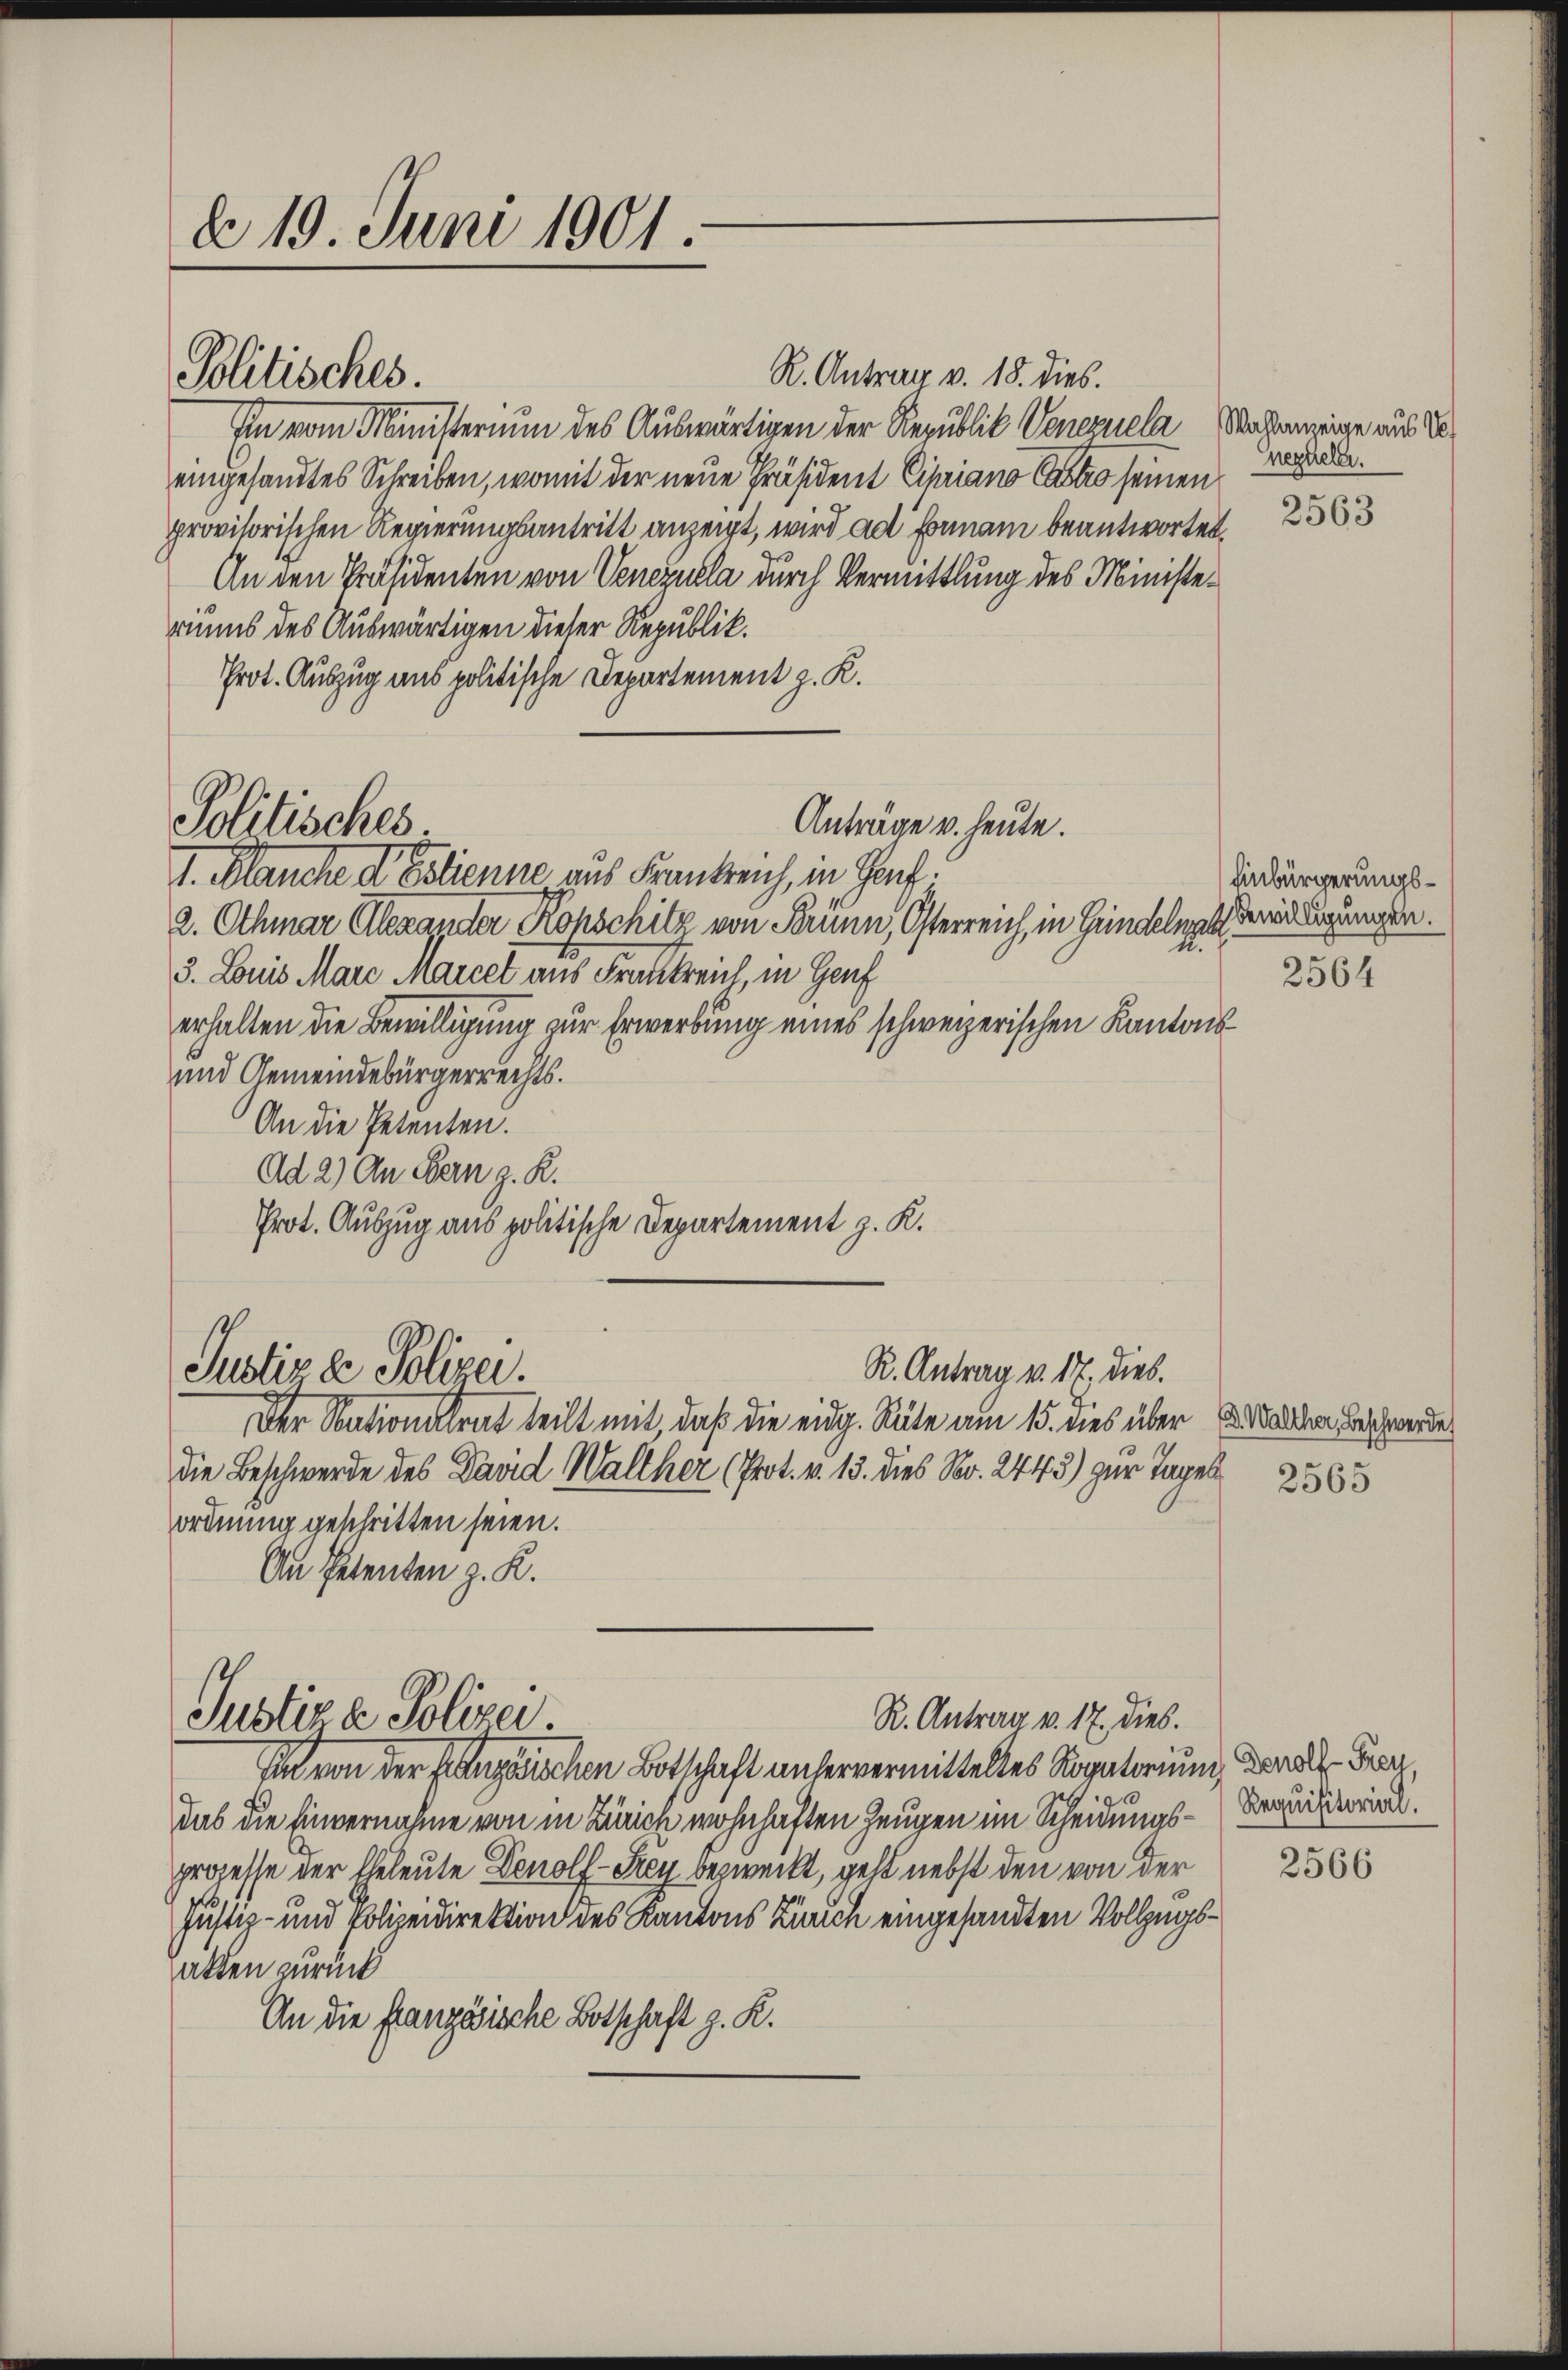
d 19. Juni 1901

Politisches.

Politisches.

Justiz & Polizei.

R. Antrag v. 18. dies.
Im vom Ministerium des Auswärtigen der Republik Venezuela Wahlanzeige aus d
eingesandtes Schreiben, womit der neue Präsident Cipriano Castro seinen
provisorischen Regierungsantritt anzeigt, wird ad formani beantworten
An den Präsidenten von Venezulla durch Vermittlung des Ministeriums des Auswärtigen dieser Republik.
Prot. Auszug aus politische Departement z. R.
Anträge u. heute.
I. Planche d Eclienne aus Frankreich, in Genf.
2. Othmar Alexander Kopschilz von Brünn, Osterreich, in Grindeln dereinigungen.
3. Louis Mare Marcet aus Fraukreich, in Genf
erhalten die Bewilligung zur Erwerbung eines schweizerischen Kantons¬
und Gemeindebürgerrechts.
An die Petenten.
Ad 2) An Bern z. R.
Prot. Auszug aus politische Departement z. K.

Justiz & Polizei.

Einbürgerungs¬
2564

Der Nationalrat teilt mit, daß die eidg. Räte am 15. dies über K. Mater Beschwerde
die Beschwerde des David Walther (Prot. v. 13. dies No. 2443) zur Tagel 2365
ordnung geschritten seien.
An Petenten z. K.

Rezueler.
2563

R. Antrag v. 17. dies.
In von der französischen Botschaft unservermitteltes Rogatorium der Fra
das die Einvernahme von in Zürich wohnhaften Zeugen im Scheidungs-Requirirt.
prozesse der Eheleute Denolf-Frey bezweckt, geht nebst den von der
Justiz- und Polizeidirektion des Kantons Zürich eingesandten Vollzugsalten zurück
An die französische Botschaft z. K.

R. Antrag v. 17. dies.

2566